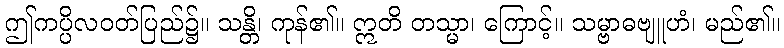
ဤကပ္ပိလဝတ်ပြည်၌။ သန္တိ၊ ကုန်၏။ ဣတိ တသ္မာ၊ ကြောင့်။ သမ္ဗာဓဗျူဟံ၊ မည်၏။